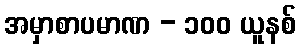
အမှာစာပမာဏ - ၁၀၀ ယူနစ်